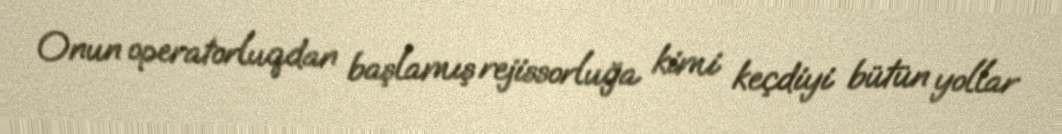
Onun operatorluqdan başlamış rejissorluğa kimi keçdiyi bütün yollar